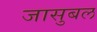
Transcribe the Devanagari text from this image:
जासुबल